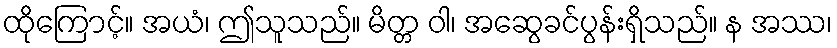
ထိုကြောင့်။ အယံ၊ ဤသူသည်။ မိတ္တ ဝါ၊ အဆွေခင်ပွန်းရှိသည်။ န အဿ၊